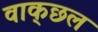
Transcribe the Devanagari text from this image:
वाक्‌छल